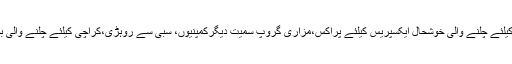
پشاورسے اٹک اوربراستہ ایم ایل ٹوکندیاں سرگودھا سے پھرایم ایل ون کراچی کیلئے چلنے والی خوشحال ایکسپریس کیلئے پراکس،مزاری گروپ سمیت دیگرکمپنیوں، سبی سے روہڑی،کراچی کیلئے چلنے والی بولان ایکسپریس کیلیے بھی 6پرائیویٹ کمپنیوں نے دستاویزات جمع کرائی ہیں۔